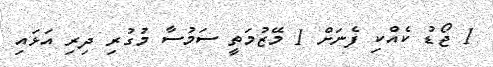
1 ޖޯޑު ކެއްކި ފެނަށް 1 މޭޒުމަތީ ސަމުސާ މުގުރި ދިރި އަޅައި